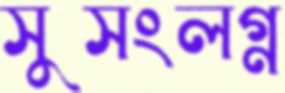
সুসংলগ্ন